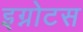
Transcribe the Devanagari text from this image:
इग्नोटस